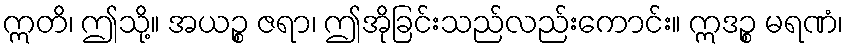
ဣတိ၊ ဤသို့။ အယဉ္စ ဇရာ၊ ဤအိုခြင်းသည်လည်းကောင်း။ ဣဒဉ္စ မရဏံ၊